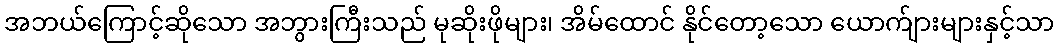
အဘယ်ကြောင့်ဆိုသော အဘွားကြီးသည် မုဆိုးဖိုများ၊ အိမ်ထောင် နိုင်တော့သော ယောက်ျားများနှင့်သာ